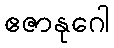
ဧဇာနုဂေါ